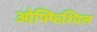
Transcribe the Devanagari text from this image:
ओफ्फिश्यिल